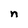
Character: n